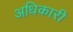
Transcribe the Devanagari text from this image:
अधिकारी